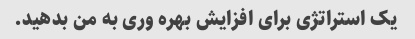
یک استراتژی برای افزایش بهره وری به من بدهید.